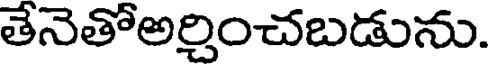
తెనెతోఅరించబడును.